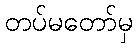
တပ်မတော်မှ